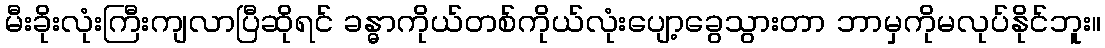
မီးခိုးလုံးကြီးကျလာပြီဆိုရင် ခန္ဓာကိုယ်တစ်ကိုယ်လုံးပျော့ခွေသွားတာ ဘာမှကိုမလုပ်နိုင်ဘူး။